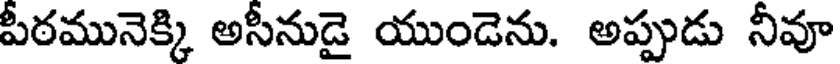
పీఠమునెక్కి అసీనుడై యుండెను. అప్పుడు నీవూ